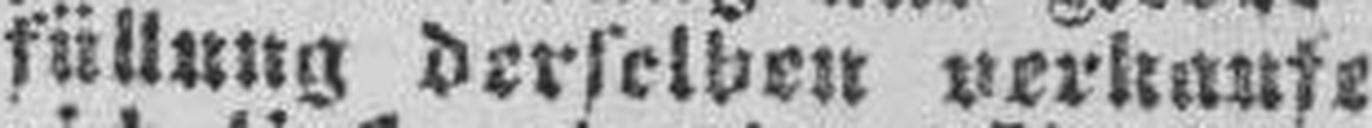
füllung derselben verkaufe